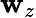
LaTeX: \mathbf{w}_{z}